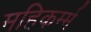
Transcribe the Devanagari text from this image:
महिकर्म्म